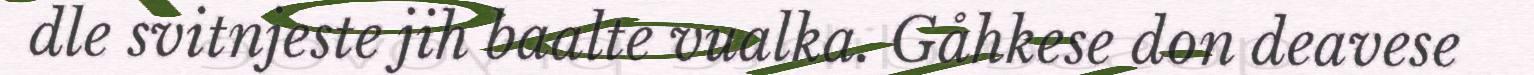
dle svitnjeste jih baalte vualka. Gåhkese don deavese